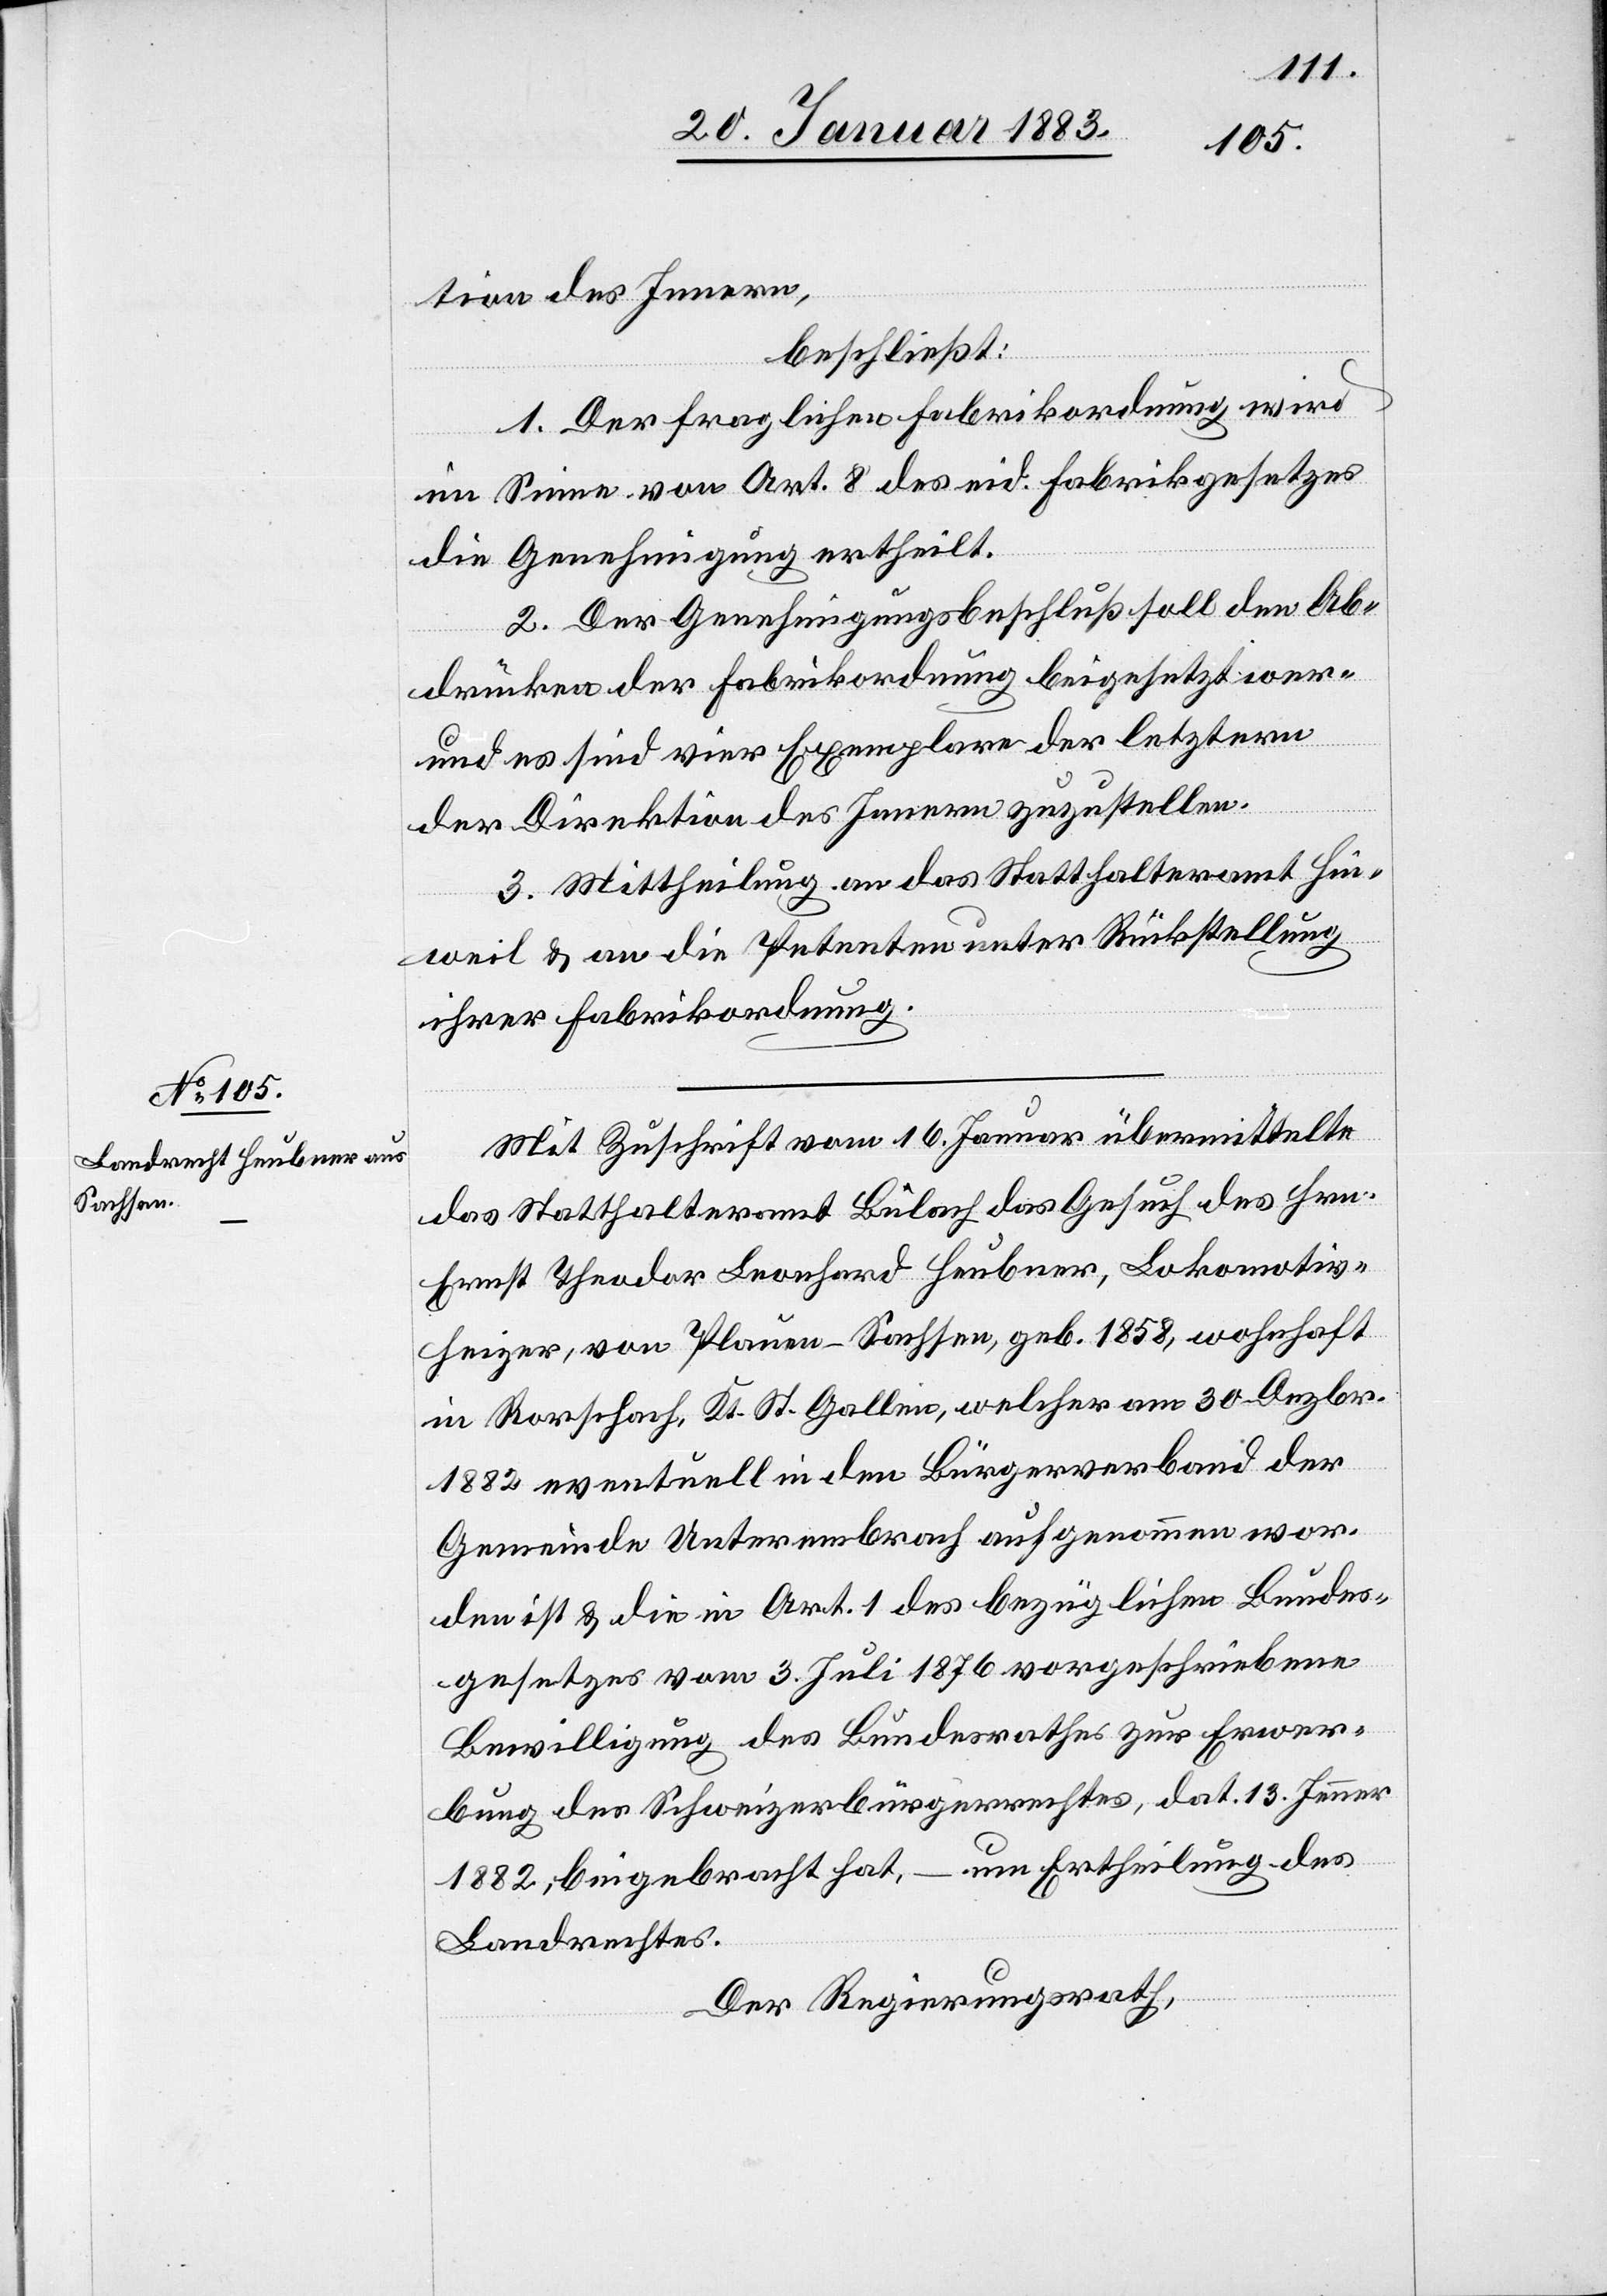
tion des Innern,
beschließt:
1. Der fraglichen Fabrikordnung wird
im Sinne von Art. 8 des eid. Fabrikgesetzes
die Genehmigung ertheilt.
2. Der Genehmigungsbeschluß soll den Ab¬
drücken der Fabrikordnung beigesetzt werden
und es sind vier Exemplare der letztern
der Direktion des Innern zuzustellen.
3. Mittheilung an das Statthalteramt Hin¬
weil & an die Petenten unter Rückstellung
ihrer Fabrikordnung.
Mit Zuschrift vom 16. Januar übermittelte
das Statthalteramt Bülach das Gesuch des Hrn.
Ernst Theodor Leonhard Heubner, Lokomotiv¬
heizer, von Plauen - Sachsen, geb. 1858, wohnhaft
in Rorschach, Kt. St. Gallen, welcher am 30. Dezbr.
1882 eventuell in den Bürgerverband der
Gemeinde Unterembrach aufgenommen wor¬
den ist & die in Art. 1 des bezüglichen Bundes¬
gesetzes vom 3. Juli 1876 vorgeschriebene
Bewilligung des Bundesrathes zur Erwer¬
bung des Schweizerbürgerrechtes, dat. 13. Jenner
1882, beigebracht hat, – um Ertheilung des
Landrechtes.
Der Regierungsrath,